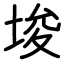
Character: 埈